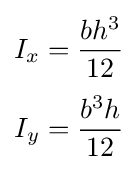
{\begin{aligned}I_{x}&={\frac {bh^{3}}{12}}\\[3pt]I_{y}&={\frac {b^{3}h}{12}}\end{aligned}}